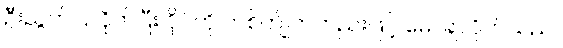
ဦးညွတ်ပြလိုက်ပြီး ဝိုင်ကို တစ်ကျိုက်တည်းဖြင့် မောချလိုက်သည်။